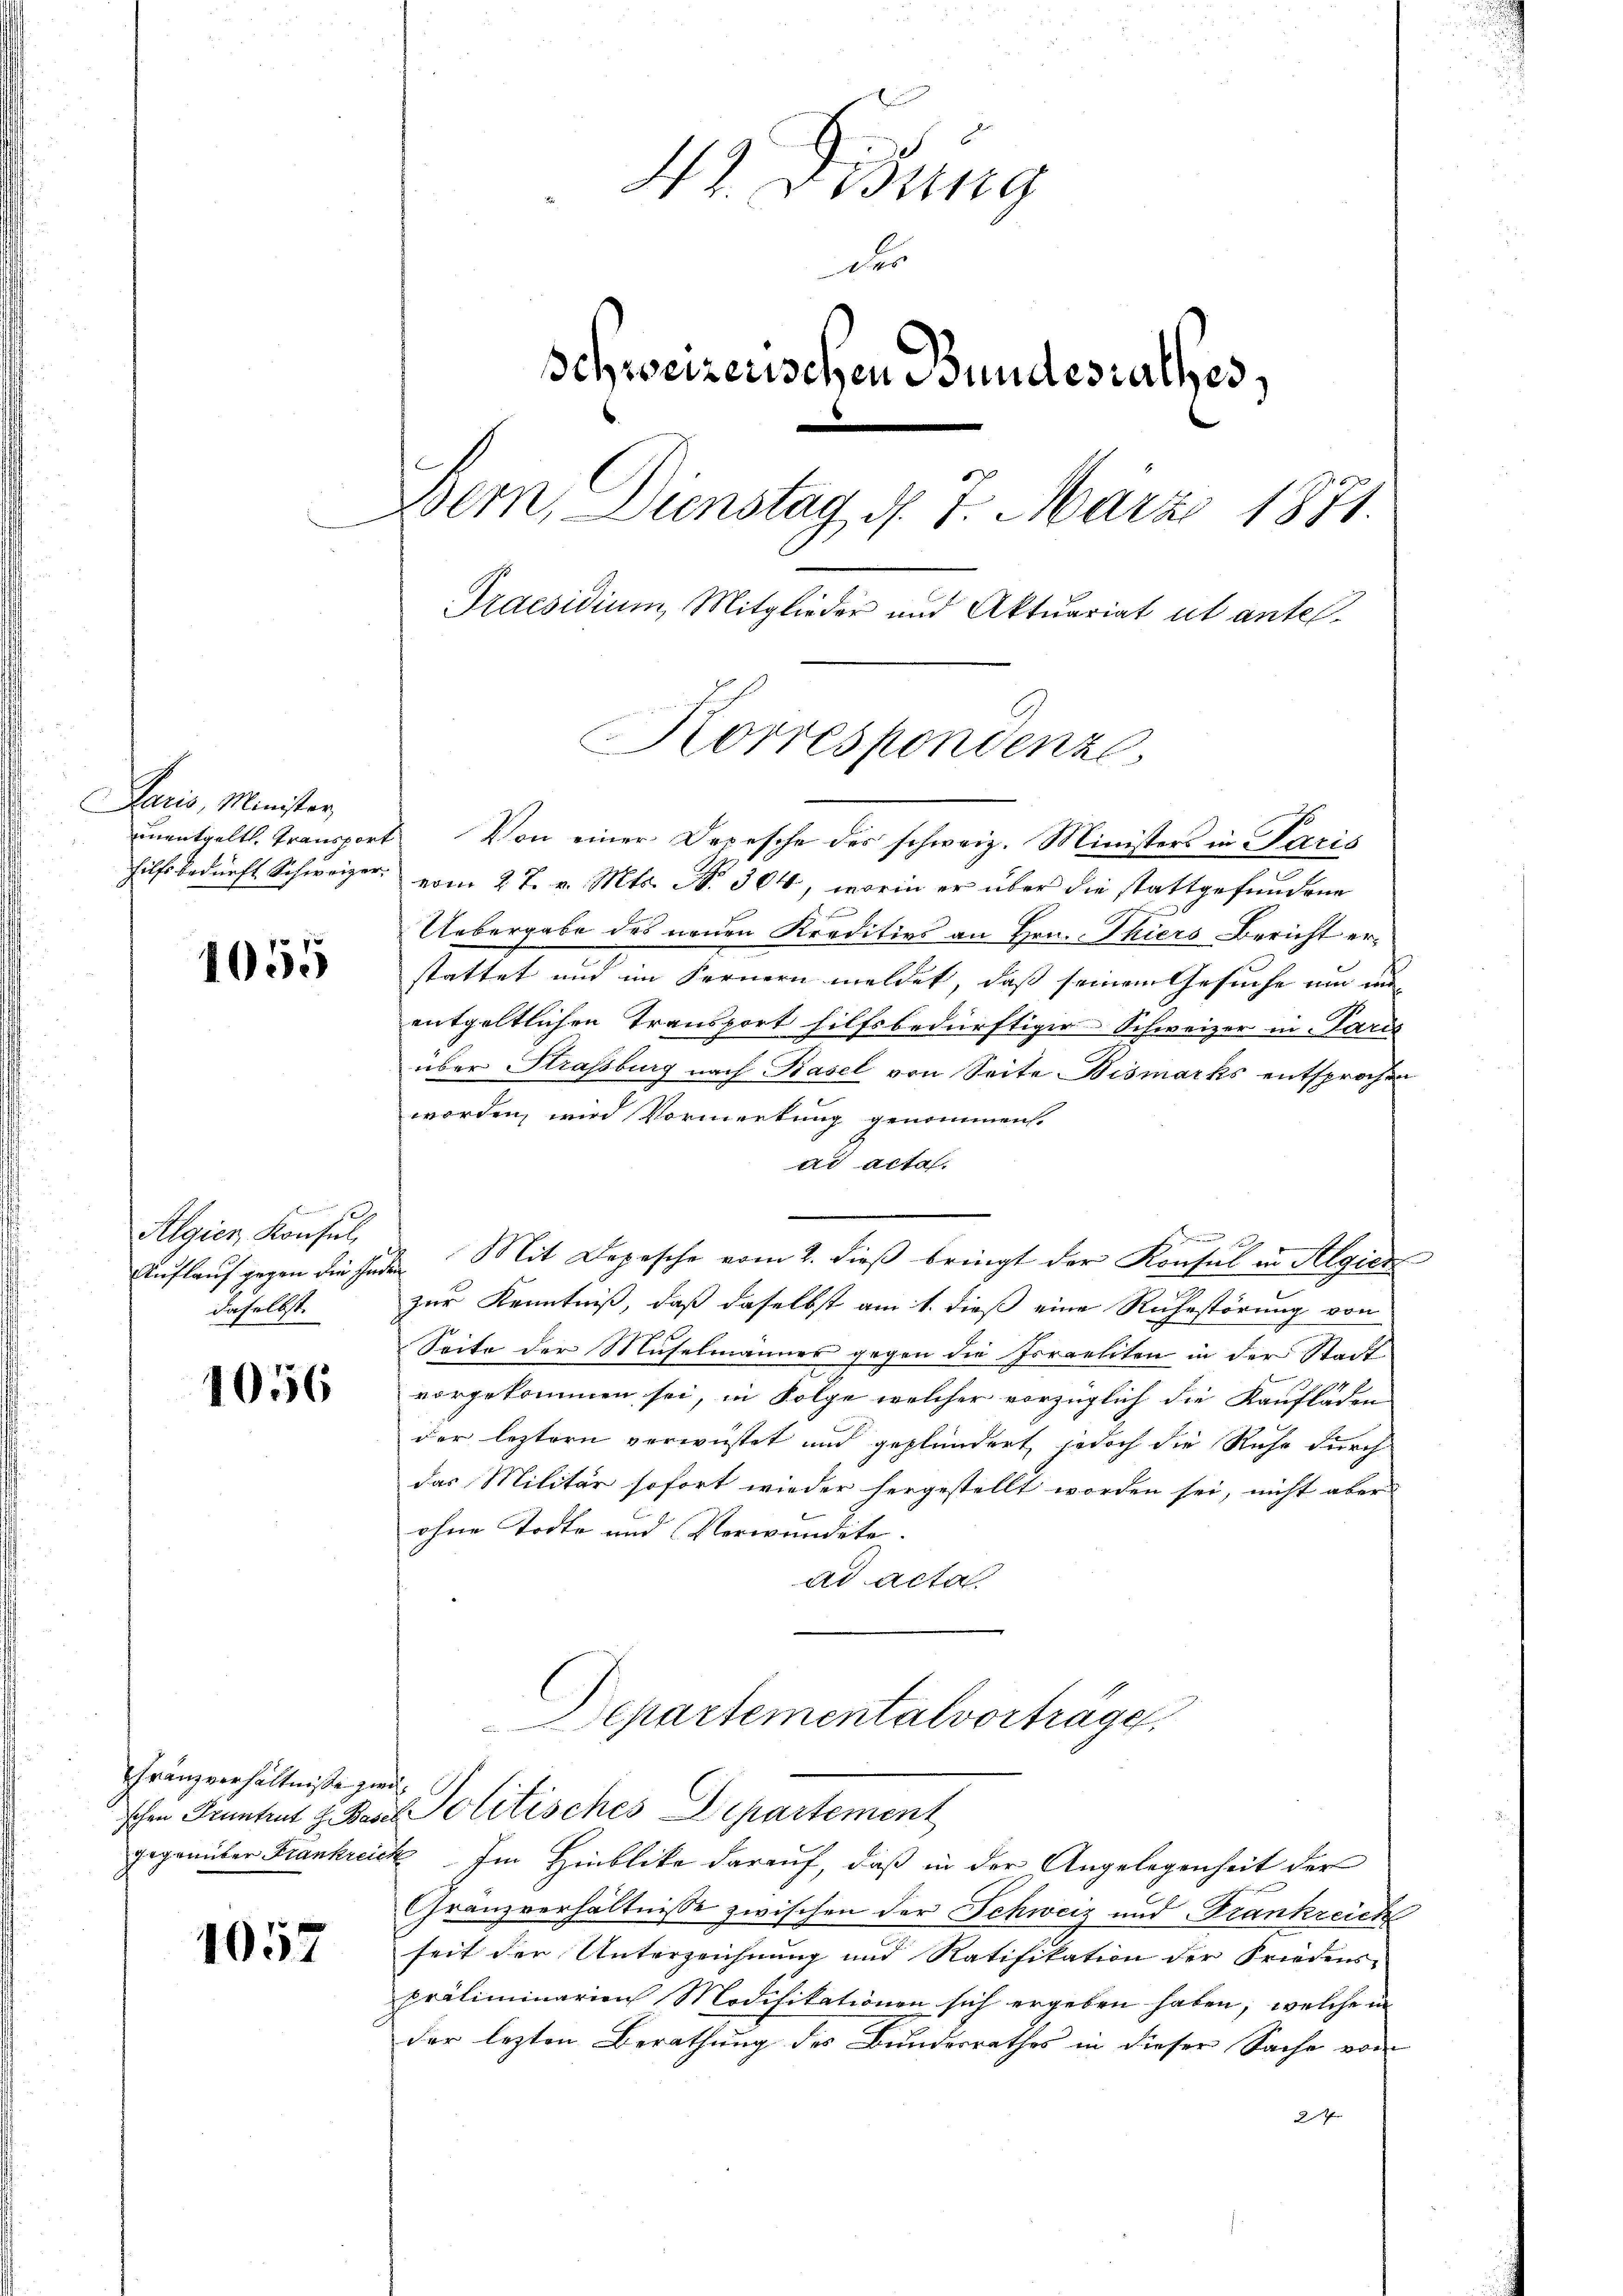
Paris, Minister,

1055

Algier, Konsul,
daselbst.

1056

Gränzverhältnisse zier

1057

42. Didung
der
Schweizerischen Bundesrathes,
Bern, Dienstag d. 7. März 1871.
Praesidium, Mitglieder und Aktuariat ut antel-

unentgeltl. Transport. Von einer Depesche des schweiz. Ministers in Parzis
hilfsbedürft Schweizer. vom 27. v. Mts. N. 304, worin er über die stattgefundene
Uebergabe des neuen Kreditivs an Hrn. Thiers Bericht erstattet und im Fernern meldet, daß seinem Gesuche um un
entgeltlichen Transport hilfsbedürftiger Schweizer in Paris
über Strassburg nach Basel von Seite Bismarks entsprochen
worden, wird Vormerkung genommen.
ar acta
 109
Auflauf gegen die Inden Mit Depesche vom 2. dieß bringt der Konsul in Algier
zur Kenntniß, daß daselbst am 1. dieß eine Ruhestörung von
f
Seite der Muselmannes gegen die Israeliten in der Stadtvorgekommen sei, in Folge welcher vorzüglich die Kaufladen
der leztern verwüstet und geplündert, jedoch die Ruhe durch
das Militär sofort wieder hergestellt worden sei, nicht aber
ohne Todte und Verwandete. |
ad acta.
Departementalvorträge.
schen Pruntrut J. Bades Politisches Departement
gegenüber Frankreick. Im Hinblicke darauf, daß in der Angelegenheit der
Gränzverhältnisse zwischen der Schweiz und Frankreich
seit der Unterzeichnung und Ratifikation der Friedens-
präliminarien Modifikationen sich ergeben haben, welche i
der lezten Berathung des Bundesrathes in dieser Sache vom
27

Korrespondenze